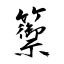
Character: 籞